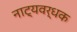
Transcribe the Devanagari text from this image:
नाट्यवर्धक